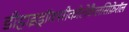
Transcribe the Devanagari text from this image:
डीहाइड्रॉक्सीकोलेकैलसिफ़ेरॉल